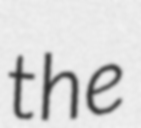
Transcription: the